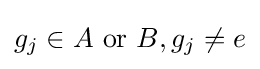
g_{j}\in A{\text{ or }}B,g_{j}\neq e